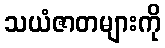
သယံဇာတများကို